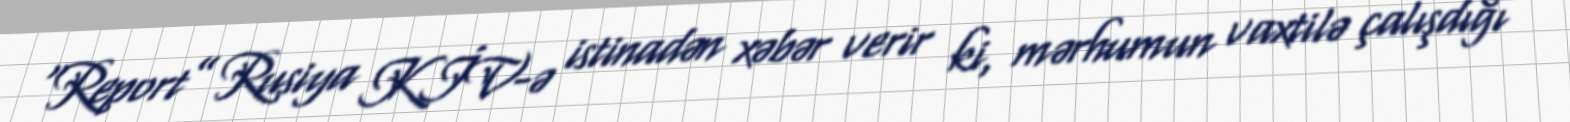
“Report” Rusiya KİV-ə istinadən xəbər verir ki, mərhumun vaxtilə çalışdığı